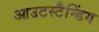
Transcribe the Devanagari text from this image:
आउटस्टैन्डिंग